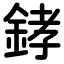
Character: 﨧